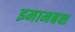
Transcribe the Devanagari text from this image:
इमामबक्ष